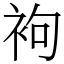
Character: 袧